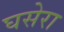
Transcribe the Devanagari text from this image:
घसेरा